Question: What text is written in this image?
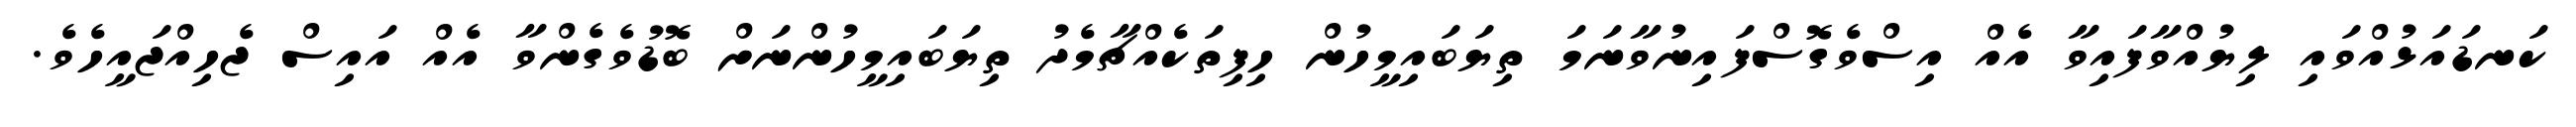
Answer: ކަނޑައަޅުއްވައި ލިޔުއްވާފައިވާ އެއް އިސްވެގޮސްފައިނުވާނަމަ ތިޔަބައިމީހުން ހިފިތަކެއްޗާމެދު ތިޔަބައިމީހުންނަށް ބޮޑުވެގެންވާ އެއް އައިސް ޖެހިއްޖައީހެވެ.